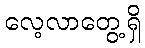
လေ့လာတွေ့ရှိ